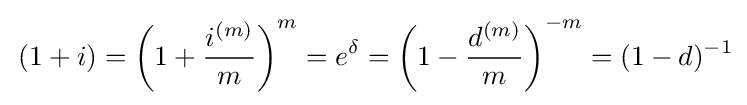
\,(1+i)=\left(1+{\frac {i^{(m)}}{m}}\right)^{m}=e^{\delta }=\left(1-{\frac {d^{(m)}}{m}}\right)^{-m}=(1-d)^{-1}